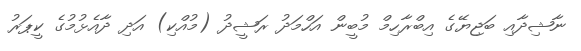
ނާޝިދާއި ބަޖިޔޭގެ އިބްރާހިމް މުބީން އަހްމަދު ރަޝީދު (މުއްކި) އަދި ދާއެޅުމުގެ ކީޕަރު